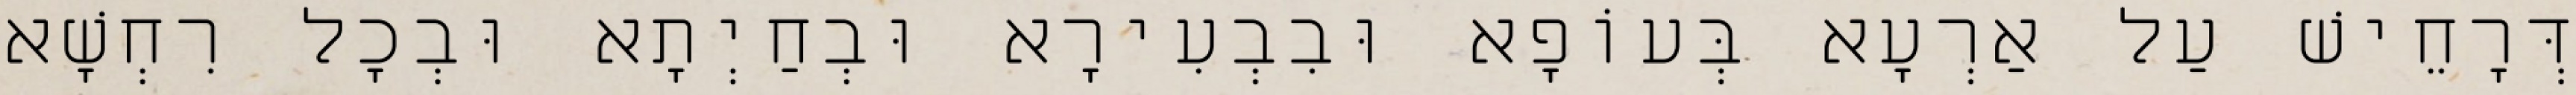
דְּרָחֵישׁ עַל אַרְעָא בְּעוֹפָא וּבִבְעִירָא וּבְחַיְתָא וּבְכָל רִחְשָׁא